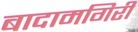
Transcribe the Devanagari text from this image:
बादामगिरी